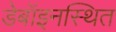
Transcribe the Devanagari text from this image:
डेबॉइनस्थित